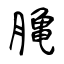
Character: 𪚲